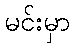
မင်းမှာ